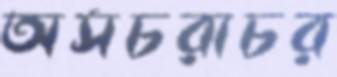
অসচরাচর